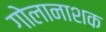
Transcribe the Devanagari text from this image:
गोलानाशक